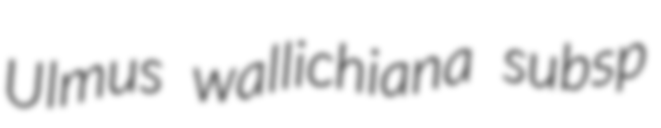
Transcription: Ulmus wallichiana subsp